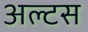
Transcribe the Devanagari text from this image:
अल्टस